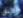
مثل